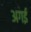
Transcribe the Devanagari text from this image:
अगई